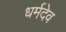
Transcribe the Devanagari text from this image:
धर्मदेव